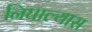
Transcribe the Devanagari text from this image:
निघाल्यास